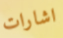
اشارات